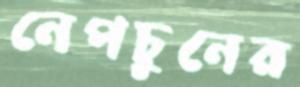
নেপচুনের